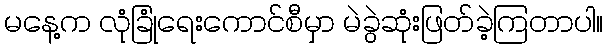
မနေ့က လုံခြုံရေးကောင်စီမှာ မဲခွဲဆုံးဖြတ်ခဲ့ကြတာပါ။